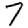
Digit: 7